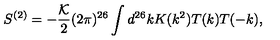
S ^ { ( 2 ) } = - \frac { \cal K } { 2 } ( 2 \pi ) ^ { 2 6 } \int d ^ { 2 6 } k K ( k ^ { 2 } ) T ( k ) T ( - k ) ,